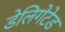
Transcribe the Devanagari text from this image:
डेलिगेटेड